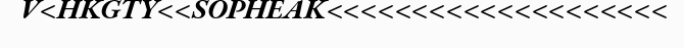
V<HKGTY<<SOPHEAK<<<<<<<<<<<<<<<<<<<<